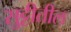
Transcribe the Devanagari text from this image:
सुट्टीतील